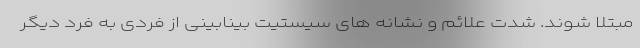
مبتلا شوند. شدت علائم و نشانه های سیستیت بینابینی از فردی به فرد دیگر